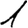
Digit: 1